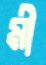
মী